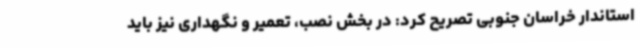
استاندار خراسان جنوبی تصریح کرد: در بخش نصب، تعمیر و نگهداری نیز باید